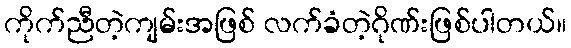
ကိုက်ညီတဲ့ကျမ်းအဖြစ် လက်ခံတဲ့ဂိုဏ်းဖြစ်ပါတယ်။